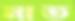
মাত